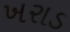
ખરાડ